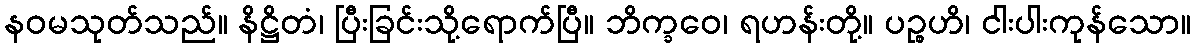
နဝမသုတ်သည်။ နိဋ္ဌိတံ၊ ပြီးခြင်းသို့ရောက်ပြီ။ ဘိက္ခဝေ၊ ရဟန်းတို့။ ပဉ္စဟိ၊ ငါးပါးကုန်သော။